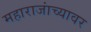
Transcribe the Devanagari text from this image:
महाराजांच्यावर